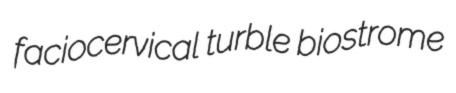
faciocervical turble biostrome